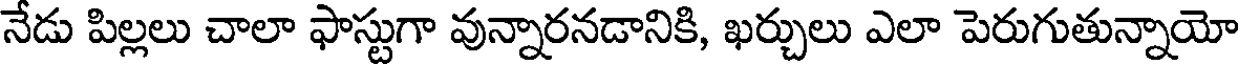
నేడు పిల్లలు చాలా ఫాస్టుగా వున్నారనడానికి, ఖర్చులు ఎలా పెరుగుతున్నాయో